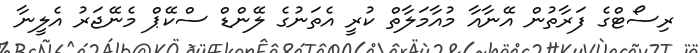
ރިސޯޓްގެ ފަރާތުން އޭނާއާ މުއާމަލާތް ކުރީ އެތަނުގެ ލޭންޑް ސްކޭޕް މެނޭޖަރު އެލީނާ